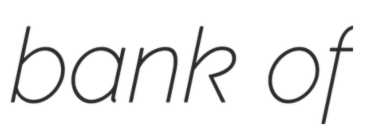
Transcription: bank of